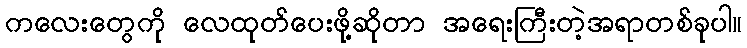
ကလေးတွေကို လေထုတ်ပေးဖို့ဆိုတာ အရေးကြီးတဲ့အရာတစ်ခုပါ။